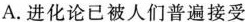
A.进化论已被人们普遍接受